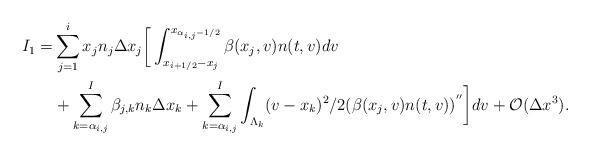
LaTeX: \begin{align*}I_1=& \sum_{j=1}^{i} x_j n_j \Delta x_j \bigg[\int_{x_{i+ 1/2}-x_j}^{x_{\alpha_{i,j}-1/2}}\beta(x_j,v)n(t,v)dv \\& + \sum_{k=\alpha_{i,j}}^I \beta_{j,k} n_k \Delta x_k+ \sum_{k=\alpha_{i,j}}^I \int_{\Lambda_k} (v-x_k)^2/2 (\beta(x_j,v)n(t,v))^{''}\bigg]dv+ {\cal O}(\Delta x^3).\end{align*}